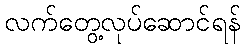
လက်တွေ့လုပ်ဆောင်ရန်